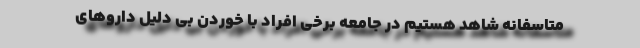
متاسفانه شاهد هستیم در جامعه برخی افراد با خوردن بی‌ دلیل داروهای